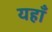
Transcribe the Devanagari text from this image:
यहाँँ